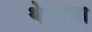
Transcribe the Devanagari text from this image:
थे।राजा